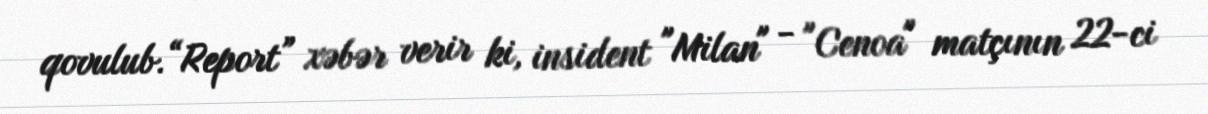
qovulub.“Report” xəbər verir ki, insident "Milan" - "Cenoa" matçının 22-ci